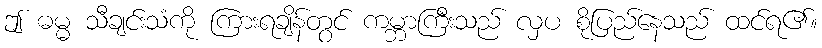
ဤ ဓမ္မ သီချင်းသံကို ကြားရချိန်တွင် ကမ္ဘာကြီးသည် လှပ စိုပြည်နေသည် ထင်ရ၏။